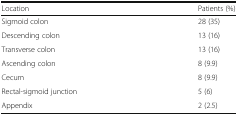
| Location | Patients (%) |
 | --- | --- |
 | Sigmoid colon | 28 (35) |
 | Descending colon | 13 (16) |
 | Transverse colon | 13 (16) |
 | Ascending colon | 8 (9.9) |
 | Cecum | 8 (9.9) |
 | Rectal-sigmoid junction | 5 (6) |
 | Appendix | 2 (2.5) |